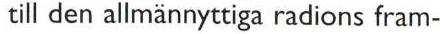
 till den allmännyttiga radions fram-